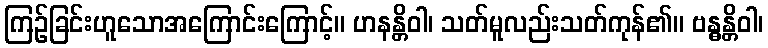
ကြဉ်ခြင်းဟူသောအကြောင်းကြောင့်။ ဟနန္တိဝါ၊ သတ်မူလည်းသတ်ကုန်၏။ ဗန္ဓန္တိဝါ၊